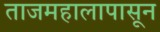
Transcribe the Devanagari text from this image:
ताजमहालापासून